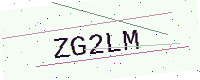
Text: ZG2LM